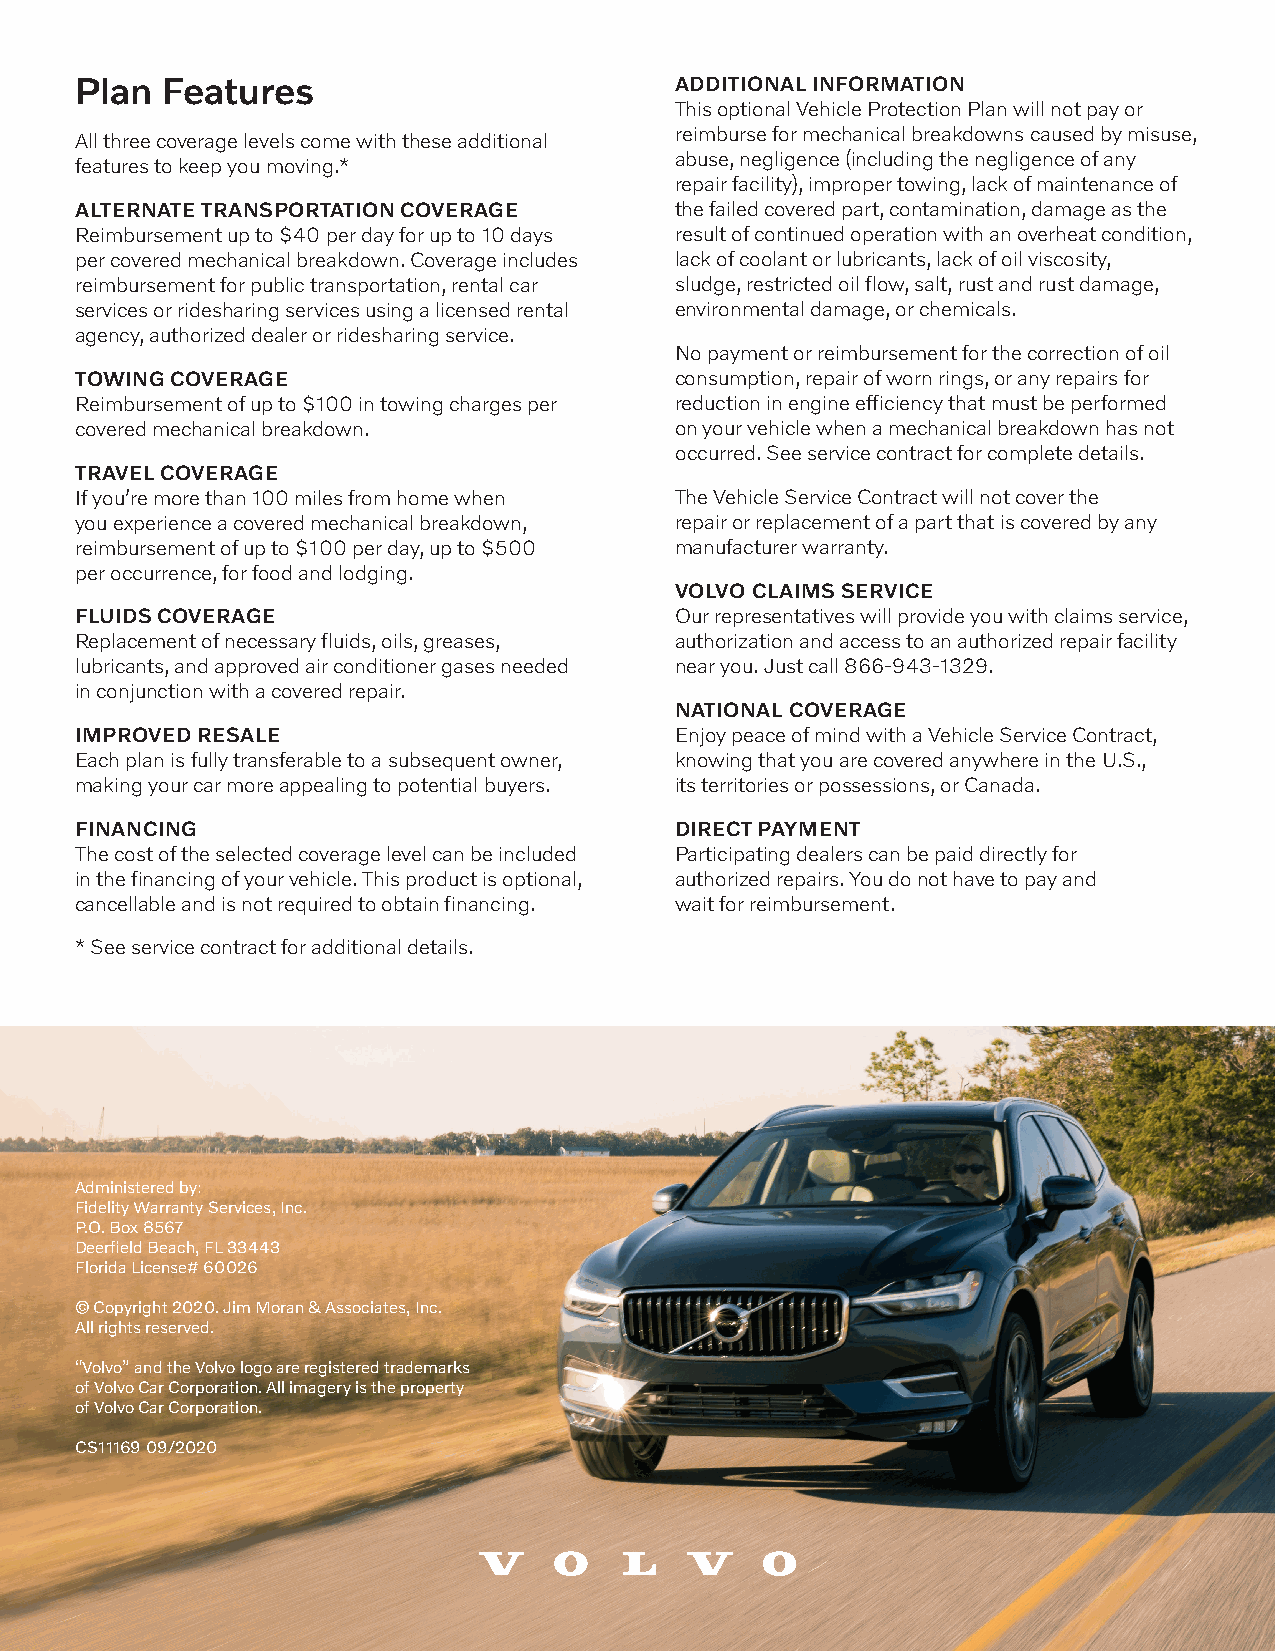
Plan  Features                          ADDITIONAL INFORMATION
 This optional Vehicle Protection Plan will not pay or
 reimburse for mechanical breakdowns caused by misuse,
 All three coverage levels come with these additional
 abuse, negligence (including the negligence of any
 features to keep you moving.*
 repair facility), improper towing, lack of maintenance of
 ALTERNATE TRANSPORTATION COVERAGE       the failed covered part, contamination, damage as the
 Reimbursement up to $40 per day for up to 10 days result of continued operation with an overheat condition,
 per covered mechanical breakdown. Coverage includes lack of coolant or lubricants, lack of oil viscosity,
 reimbursement for public transportation, rental car sludge, restricted oil flow, salt, rust and rust damage,
 services or ridesharing services using a licensed rental environmental damage, or chemicals.
 agency, authorized dealer or ridesharing service.
 No payment or reimbursement for the correction of oil
 TOWING COVERAGE                         consumption, repair of worn rings, or any repairs for
 Reimbursement of up to $100 in towing charges per reduction in engine efficiency that must be performed
 covered mechanical breakdown.           on your vehicle when a mechanical breakdown has not
 occurred. See service contract for complete details.
 TRAVEL COVERAGE
 If you’re more than 100 miles from home when The Vehicle Service Contract will not cover the
 you experience a covered mechanical breakdown, repair or replacement of a part that is covered by any
 reimbursement of up to $100 per day, up to $500 manufacturer warranty.
 per occurrence, for food and lodging.
 VOLVO CLAIMS SERVICE
 FLUIDS COVERAGE                         Our representatives will provide you with claims service,
 Replacement of necessary fluids, oils, greases, authorization and access to an authorized repair facility
 lubricants, and approved air conditioner gases needed near you. Just call 866-943-1329.
 in conjunction with a covered repair.
 NATIONAL COVERAGE
 IMPROVED RESALE                         Enjoy peace of mind with a Vehicle Service Contract,
 Each plan is fully transferable to a subsequent owner, knowing that you are covered anywhere in the U.S.,
 making your car more appealing to potential buyers. its territories or possessions, or Canada.
 FINANCING                               DIRECT PAYMENT
 The cost of the selected coverage level can be included Participating dealers can be paid directly for
 in the financing of your vehicle. This product is optional, authorized repairs. You do not have to pay and
 cancellable and is not required to obtain financing. wait for reimbursement.
 * See service contract for additional details.
 Administered by:
 Fidelity Warranty Services, Inc.
 P.O. Box 8567
 Deerfield Beach, FL 33443
 Florida License# 60026
 © Copyright 2020. Jim Moran & Associates, Inc.
 All rights reserved.
 “Volvo” and the Volvo logo are registered trademarks
 of Volvo Car Corporation. All imagery is the property
 of Volvo Car Corporation.
 CS11169 09/2020